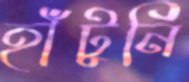
হাঁটুনি